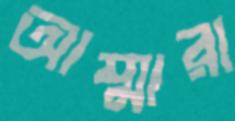
আম্মারা